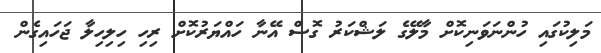
މަލިކުގައި ހުންނަވަނިކޮށް މާލޭގެ ލަޝްކަރު ގޮސް އޭނާ ހައްޔަރުކޮށް ރިހި ހިލިހިލާ ޖަހައިގެން